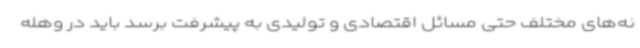
نه‌های مختلف حتی مسائل اقتصادی و تولیدی به پیشرفت برسد باید در وهله